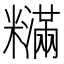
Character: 𬖽